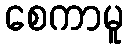
စေကာမူ